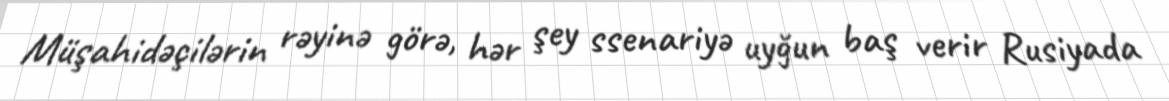
Müşahidəçilərin rəyinə görə, hər şey ssenariyə uyğun baş verir Rusiyada